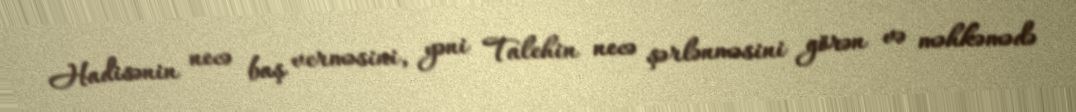
Hadisənin necə baş verməsini, yəni Talehin necə şərlənməsini görən və məhkəmədə